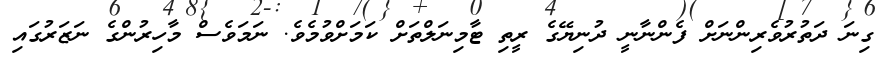
ގިނަ ދަތުރުވެރިންނަށް ފެންނާނީ ދުނިޔޭގެ ރީތި ޓާމިނަލްތަށް ކަމަށްވުމެވެ. ނަމަވެސް މާހިރުންގެ ނަޒަރުގައި